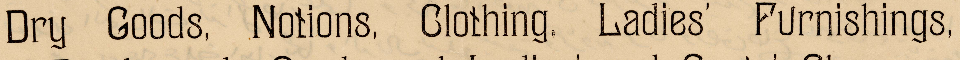
Dry Goods, Notions, Clothing, Ladies' Furnishings,